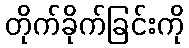
တိုက်ခိုက်ခြင်းကို